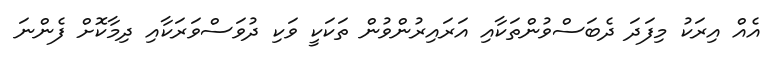
އެއް އިރަކު މިފަދަ ދެބަސްވުންތަކާއި އަރައިރުންވުން ތަކަކީ ވަކި ދުވަސްވަރަކާއި ދިމާކޮށް ފެންނަ